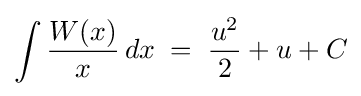
\int {\frac {W(x)}{x}}\,dx\;=\;{\frac {u^{2}}{2}}+u+C